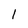
Character: l